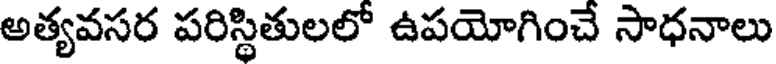
అత్యవసర పరిస్థితులలో ఉపయోగించే సాధనాలు